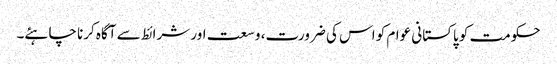
حکومت کو پاکستانی عوام کو اس کی ضرورت، وسعت اور شرائط سے آگاہ کرنا چاہئے۔